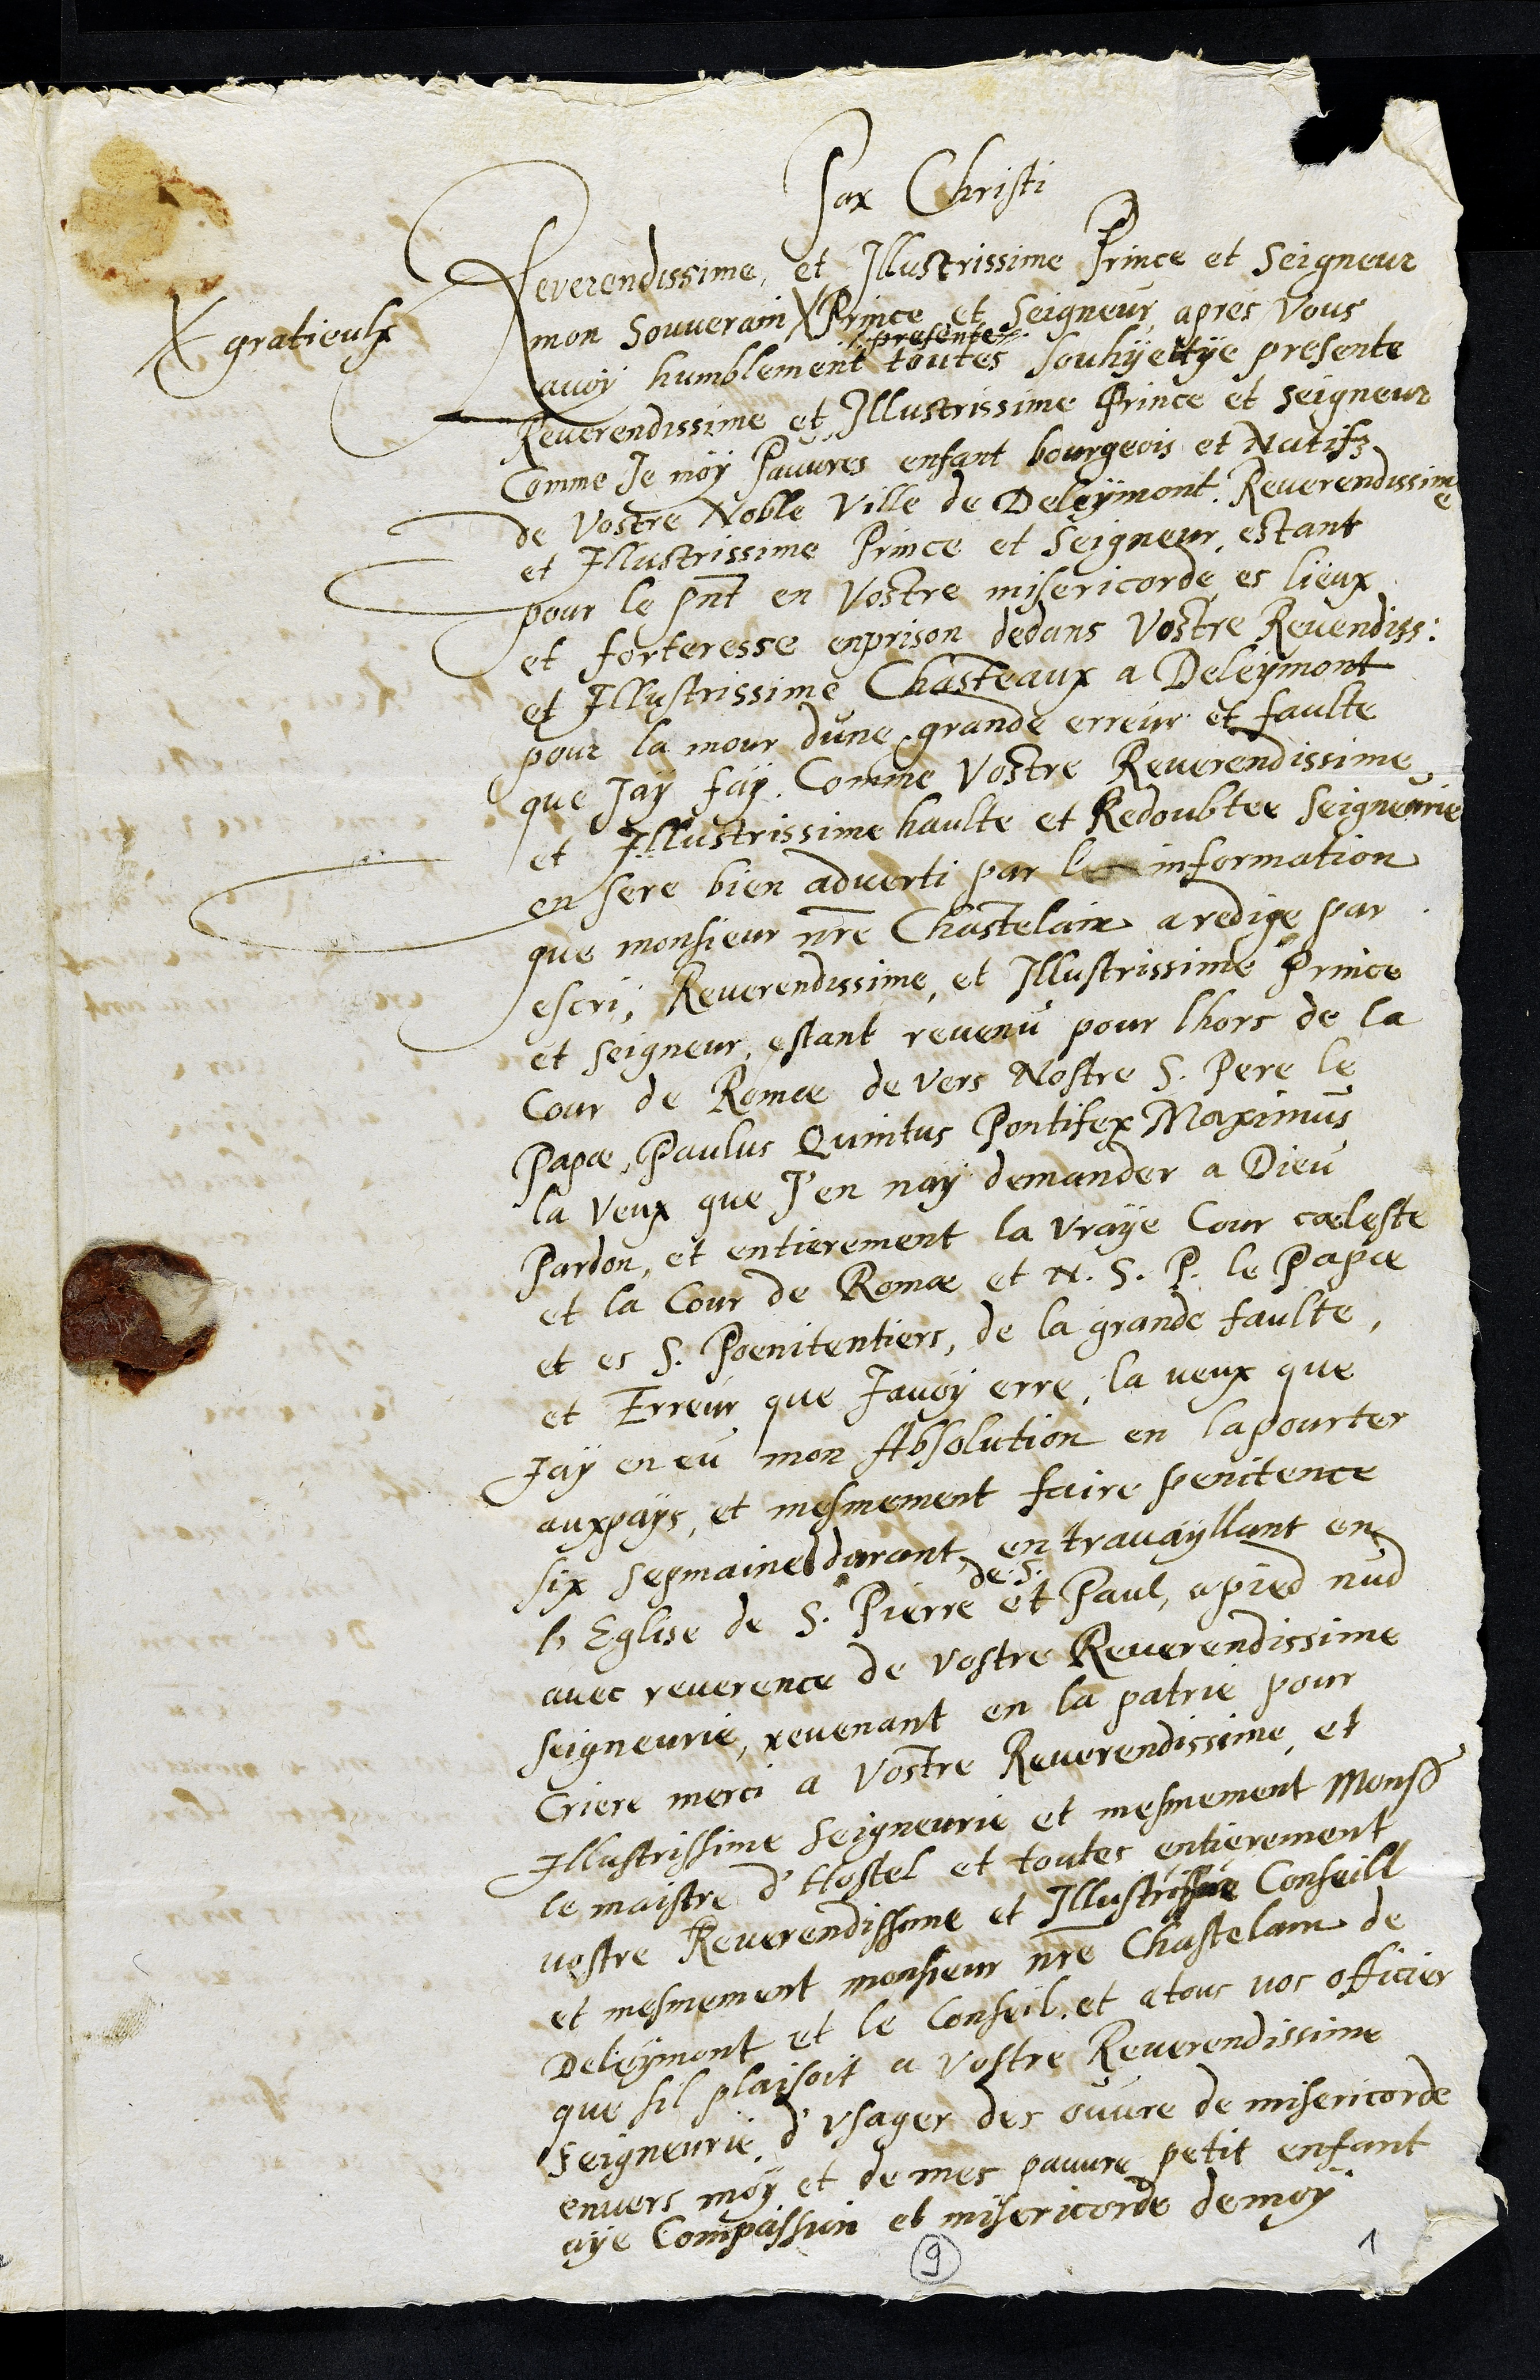
Pax Christi
Reverendissime et Illustrissime Prince et Seigneur
mon souverain #
# gratieulx
Prince et Seigneur apres vous
avoy humblement toutes souhyettye presente
Rerendissime et Illustrissime Prince et Seigneur
comme Je moy Pauvres enfant bourgeois et Natifz
de Vostre Noble Ville de Deleymont, Reverendissime
et Illustrissime Prince et Seigneur, estant
pour le present en Vostre misericorde et lieux
et forteresse enprison dedans vostre Revendiss.
et Illustrissime Chasteaux a Deleymont
pour la mour dune grande erreur et faulte
que jay fait, comme Vostre Reverendissime
et Illustrissime haulte et Redoubtee Seigneurie
en sere bien adverti par les information
que monsieur nostre Chastelain a redige par
escri, Reverendissime et Illustrissime Prince
et Seigneur, estant revenu pour lhors de la
Cour de Rome de vers Nostre S. Pere le
Papae Paulus Quintus Pontifex Maximus
la veux que J'en nay demander a Dieu
Pardon, et entierement la vraye Cour caeleste
et la Cour de Romae et N. S. P. le Papae
et es S. Poenitentiers, de la grande faulte
et Erreur que javoy erre, la veux que
jay en eu mon Absolution en la pourter
auxpays, et mesmement faire penitence
six sepmaine durant, en travayllant en
l'Eglise de S. Pierre et
de S.
Paul, a pied nud
avec reverence de vostre Reverendissime
seigneurie, revenant en la patrie pour
criere merci a Vostre Reverendissime, et
Illustrissime Seigneurie et mesmement Monsieur
le maistre d'Hostel et toutes entierement
vostre Reverendissime et Illustissime Conseill
et mesmement monsieur nostre Chastelain de
Deleymont et le Conseil, et a tous vos officier
que sil plaisoit a vostre Reverendissime
Seigneurie d'usager des ouvre de misericorde
envers moy et de mes pauvre petit enfant
aye compassion et misericorde de moy
9
1